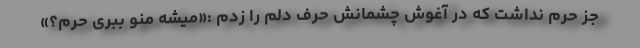
جز حرم نداشت که در آغوش چشمانش حرف دلم را زدم :«میشه منو ببری حرم؟»